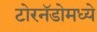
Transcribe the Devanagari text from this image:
टोरनॅडोमध्ये